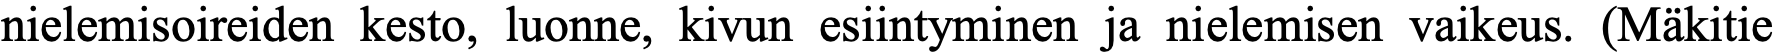
nielemisoireiden kesto, luonne, kivun esiintyminen ja nielemisen vaikeus. (Mäkitie